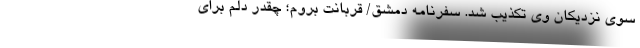
سوی نزدیکان وی تکذیب شد. سفرنامه دمشق/ قربانت بروم؛ چقدر دلم برای